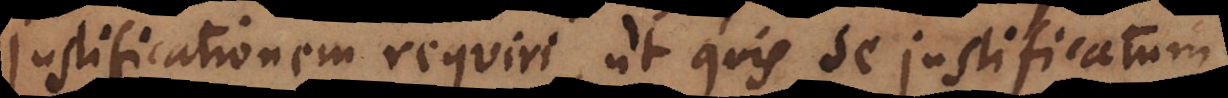
justificationem requiri, ut quis se justificatum